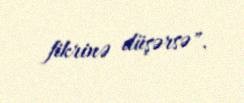
fikrinə düşərsə".